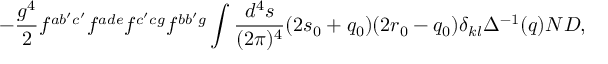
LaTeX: - \frac { g ^ { 4 } } { 2 } f ^ { a b ^ { \prime } c ^ { \prime } } f ^ { a d e } f ^ { c ^ { \prime } c g } f ^ { b b ^ { \prime } g } \int \frac { d ^ { 4 } s } { ( 2 \pi ) ^ { 4 } } ( 2 s _ { 0 } + q _ { 0 } ) ( 2 r _ { 0 } - q _ { 0 } ) \delta _ { k l } \Delta ^ { - 1 } ( q ) N D ,